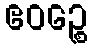
ဧဝဉ္စေ